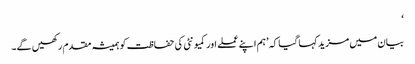
‘
بیان میں مزید کہا گیا کہ ’ہم اپنے عملے اور کمیونٹی کی حفاظت کو ہمیشہ مقدم رکھیں گے۔